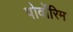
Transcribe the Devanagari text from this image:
पोर्वोरिम